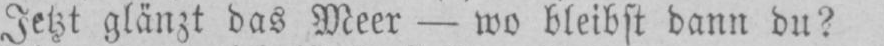
Jetzt glänzt das Meer - wo bleibst dann du?